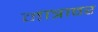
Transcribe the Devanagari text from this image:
मात्रावर